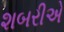
શબરીએ